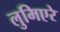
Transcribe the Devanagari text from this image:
लुमिएरे